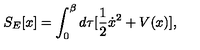
S _ { E } [ x ] = \int _ { 0 } ^ { \beta } d \tau [ \frac { 1 } { 2 } \dot { x } ^ { 2 } + V ( x ) ] ,